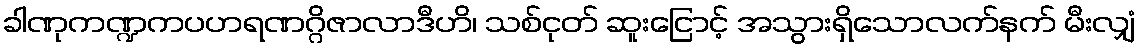
ခါဏုကဏ္ဍကပဟရဏဂ္ဂိဇာလာဒီဟိ၊ သစ်ငုတ် ဆူးငြောင့် အသွားရှိသောလက်နက် မီးလျှံ